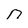
Character: n